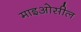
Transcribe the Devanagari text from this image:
माइओसील